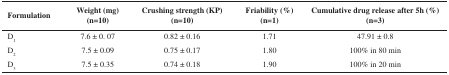
<table><thead><tr><td><b>Formulation</b></td><td><b>Weight (mg)(n=10)</b></td><td><b>Crushing strength (KP)n=10</b></td><td><b>Friability (%)n=1</b></td><td><b>Cumulative drug release after 5h (%)n=3</b></td></tr></thead><tbody><tr><td>D<sub>1</sub></td><td>7.6±0. 07</td><td>0.82±0.16</td><td>1.71</td><td>47.91±0.8</td></tr><tr><td>D<sub>2</sub></td><td>7.5±0.09</td><td>0.75±0.17</td><td>1.80</td><td>100 % in 80 min</td></tr><tr><td>D<sub>3</sub></td><td>7.5±0.35</td><td>0.74±0.18</td><td>1.90</td><td>100% in 20 min</td></tr></tbody></table>